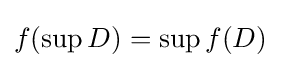
f(\sup D)=\sup f(D)